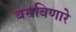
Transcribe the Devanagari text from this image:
बसविणारे